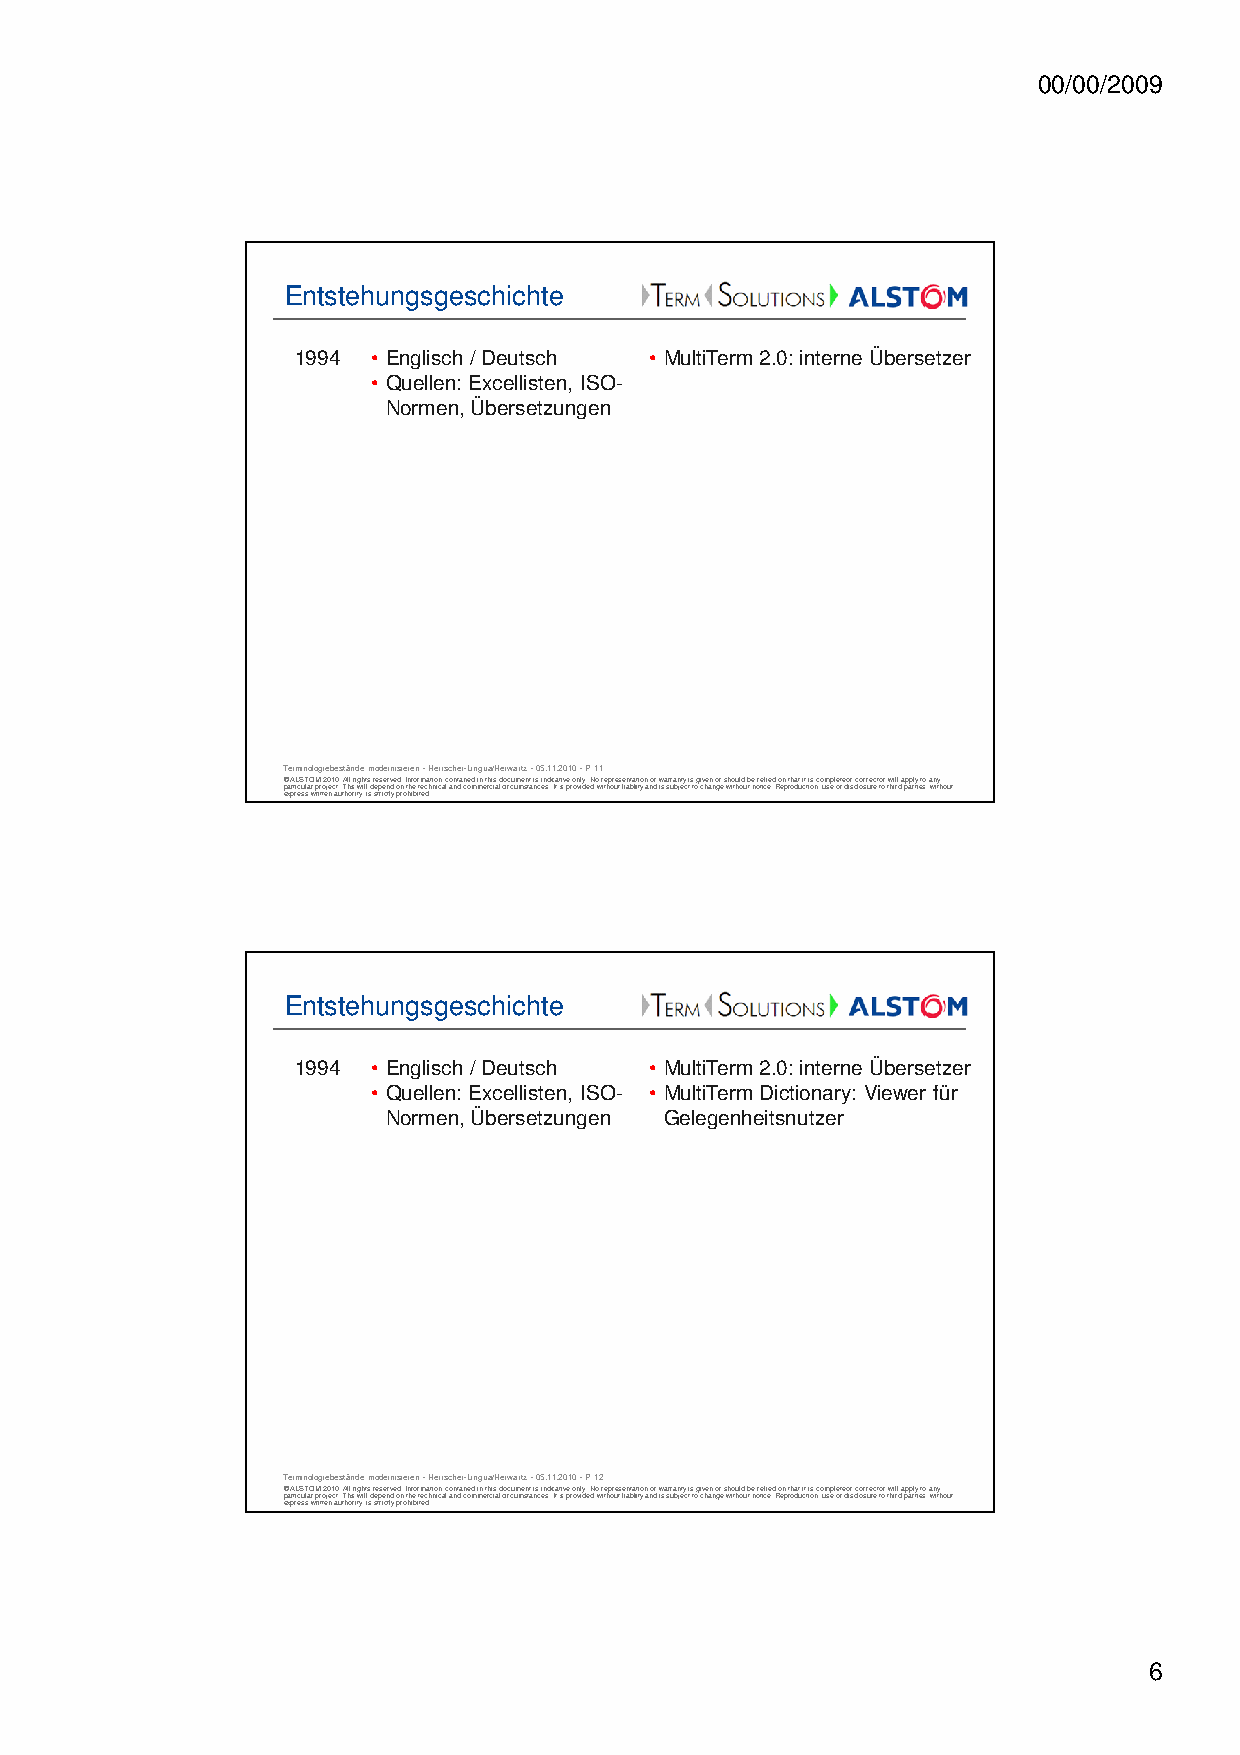
00/00/2009
 Entstehungsgeschichte
 1994 • Englisch / Deutsch • MultiTerm 2.0: interne Übersetzer
 • Quellen: Excellisten, ISO-
 Normen, Übersetzungen
 Terminologiebestände modernisieren -Herrscher-Lingua/Herwartz -05.11.2010 -P 11
 © ALSTOM 2010. All rights reserved. Information contained in this document is indicative only. No representation or warranty is given or should be relied on that it is complete or correct or will apply to any
 particular project. This will depend on the technical and commercial circumstances. It is provided without liability and is subject to change without notice. Reproduction, use or disclosure to third parties, without
 express written authority, is strictly prohibited.
 Entstehungsgeschichte
 1994 • Englisch / Deutsch • MultiTerm 2.0: interne Übersetzer
 • Quellen: Excellisten, ISO- • MultiTerm Dictionary: Viewer für
 Normen, Übersetzungen Gelegenheitsnutzer
 Terminologiebestände modernisieren -Herrscher-Lingua/Herwartz -05.11.2010 -P 12
 © ALSTOM 2010. All rights reserved. Information contained in this document is indicative only. No representation or warranty is given or should be relied on that it is complete or correct or will apply to any
 particular project. This will depend on the technical and commercial circumstances. It is provided without liability and is subject to change without notice. Reproduction, use or disclosure to third parties, without
 express written authority, is strictly prohibited.
 6